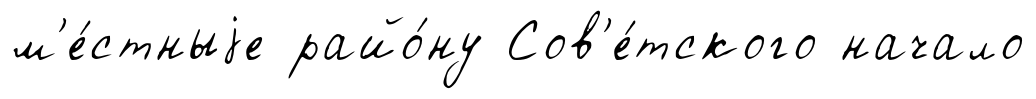
м'е́стныjе райо́ну Сов'е́тского начало